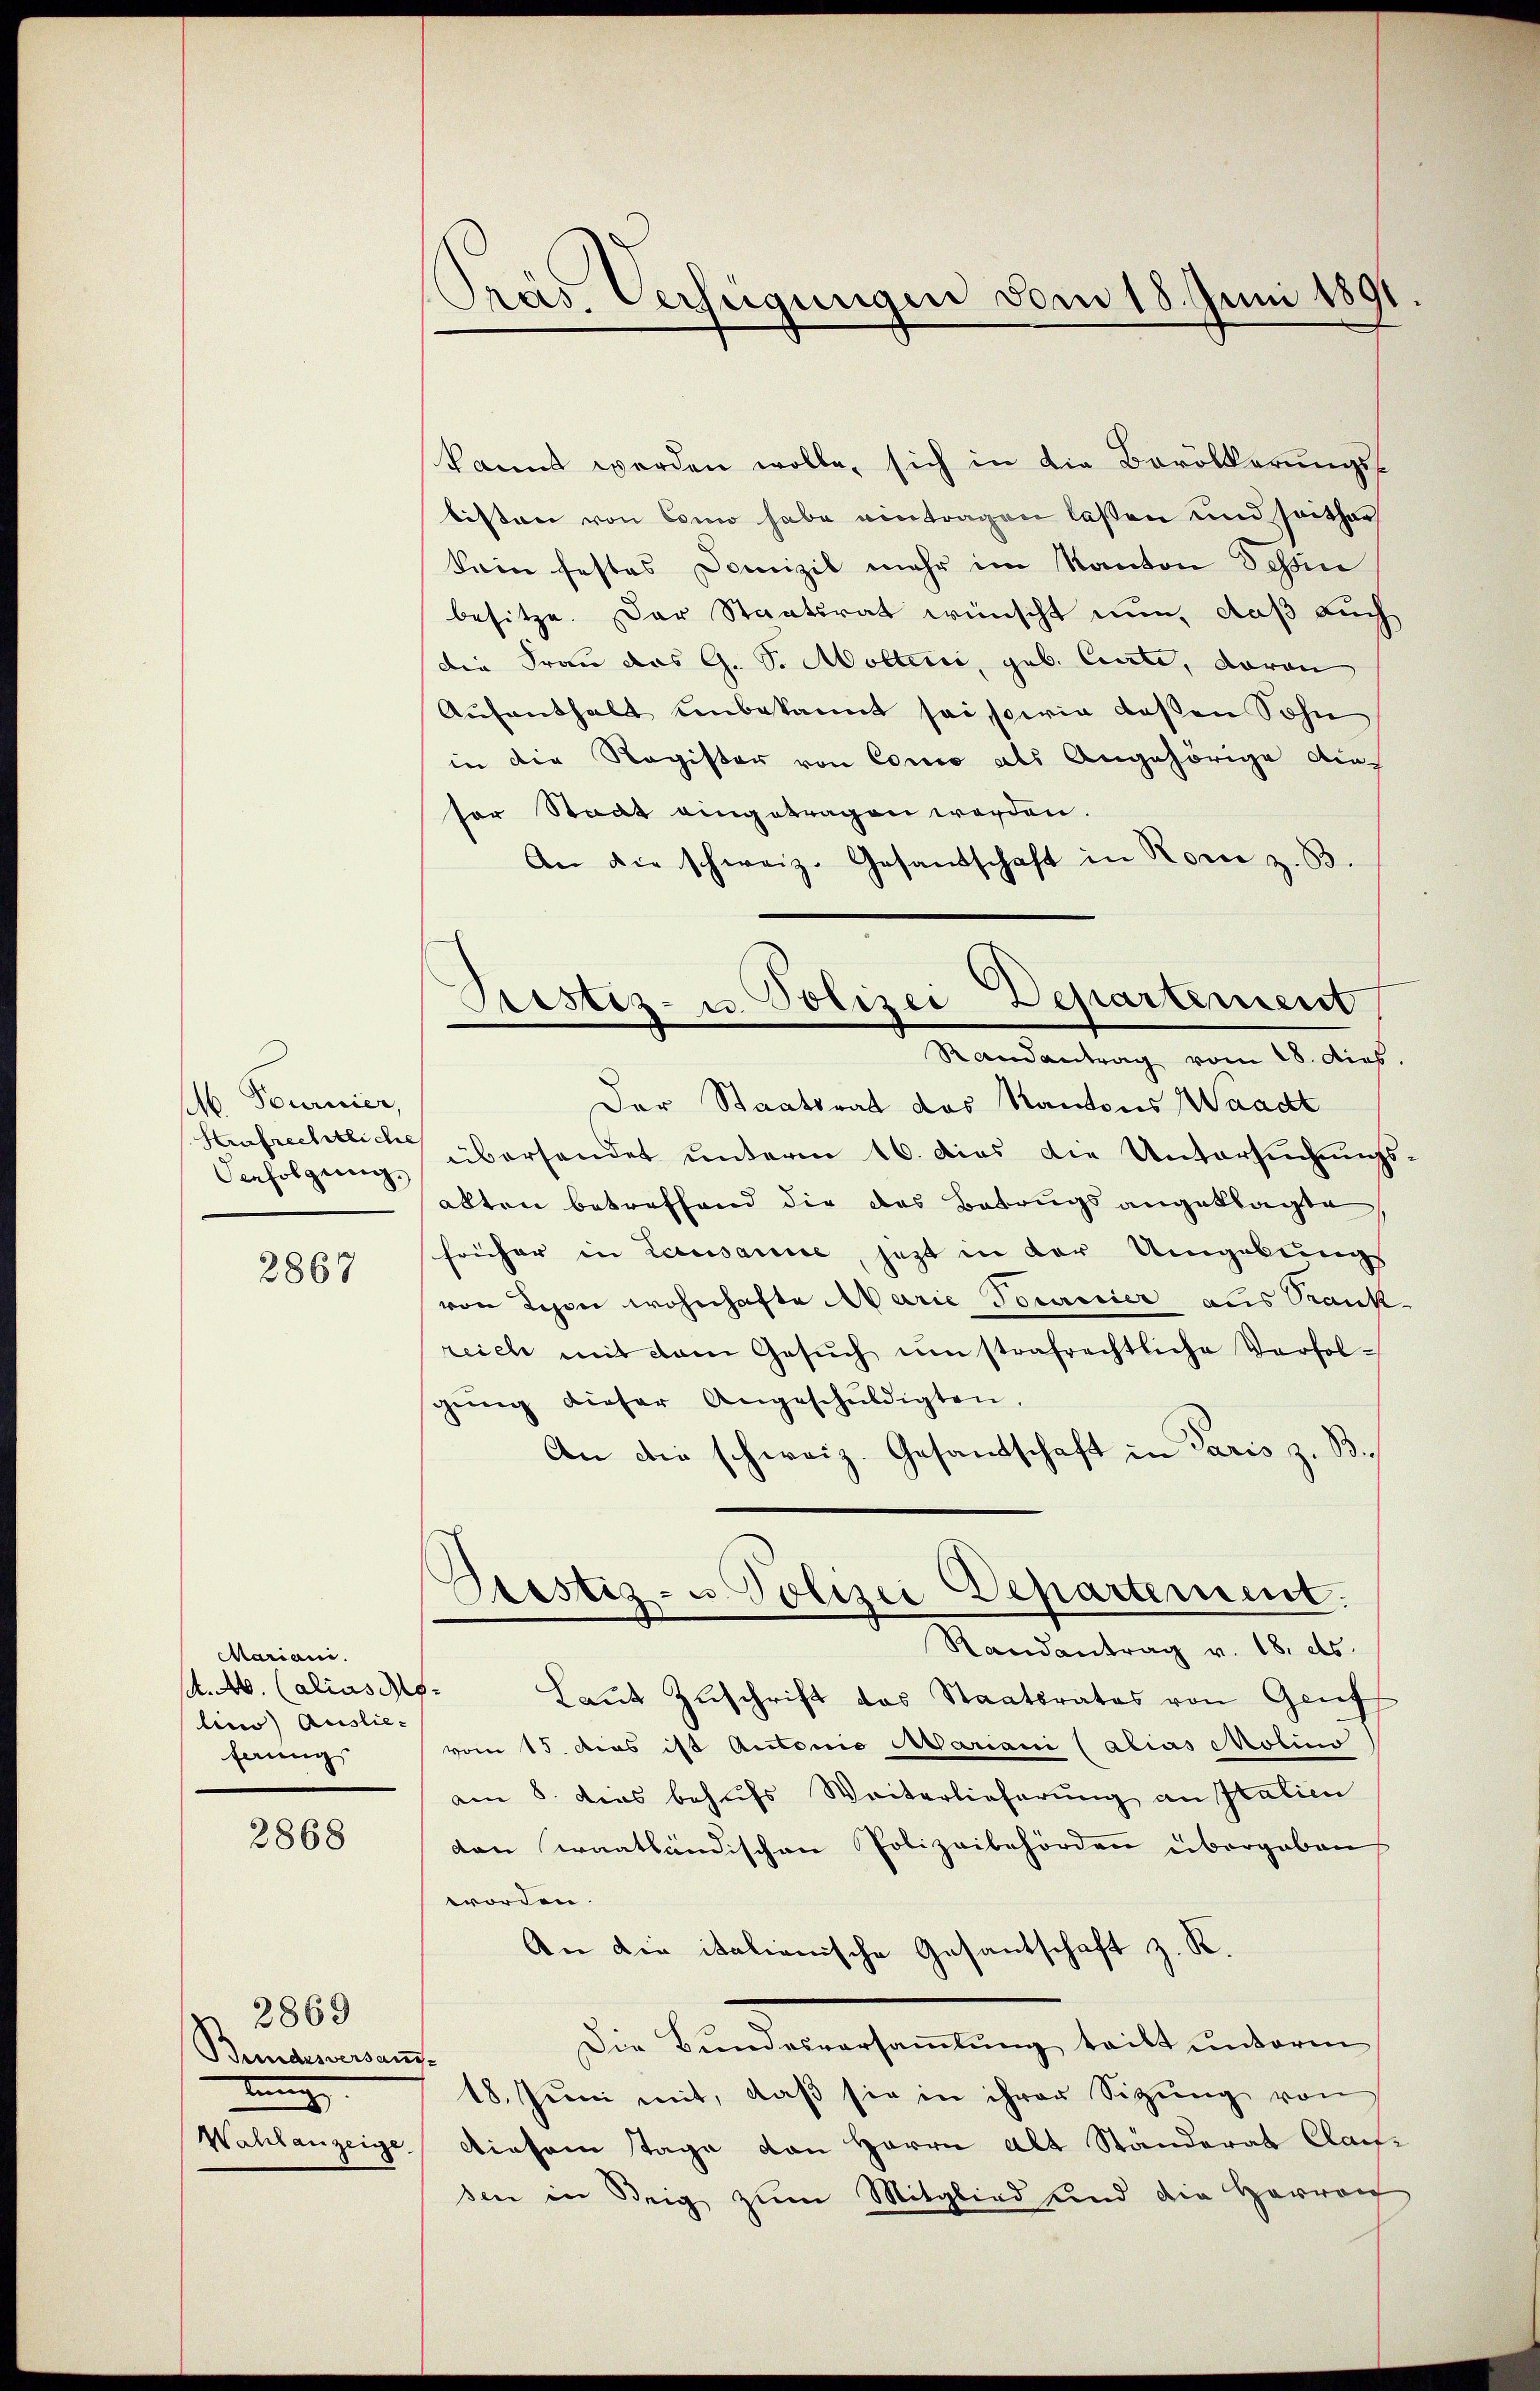
M. Tournier,
Strafrechtliche
Verfolgung.

2867

Mariani.
. A. (alias Molius) Auslieferung

2868

2869
Bundesversame
Wahlanzeige

Pras. Verfeigungen vom 18. Juni 1891

Justiz- u. Polizei Departement
Randantrag vom 18. dies

kannt werden wolle, sich in die Bevölkerungstisten von Como habe eintragen laßen und seither
kein festes Domizil mehr im Kanton Tessin
besitze. Der Staatsrat wünscht nun, daß auch
die Frau das G. S. Möllerie, geb. Curte, davon
Aŭfenthalt unbekannt sei, sowie deßen Sohn
in die Register von Como als Angehörige diesor Stadt eingetragen worden.
An die schweiz. Gesandschaft in Rorie z. B.
Der Staatsrat das Kantons Waadt
überhandet unterm 16. das die Untersŭchŭngs
abten betreffend die das Betrugs angeklagte
früher in Lausanne, jetzt in der Umgebungs
von Lehen wohnhafte Marie Tornier aus Trank
reich mit dem Gesŭch umstrafrechtliche Verfolgŭng dieser Angeschŭldigten.
An die schweiz. Gesandschaft in Paris z. B.
Pestiz- u Polizei Departement.
Randantrag v. 18. ds.
Laut Zuschrift das Staatsrates von Genf
vom 15. das ist Autonio Mariani (alias colino
am 8. dies behufs Weiterlieferung an Italien
den Kraathändischen Polizeibehörden übergaben,
worden.
An die italienische Gasantschaft z. R.
Die Bundesversamlung teilt unterm
18. Jŭni mit, daβ sie in ihrer Sitzŭng von
diesem Tage von Herrn Alt Ständerat Claifsen in Steig zum Mitglied und die Herren